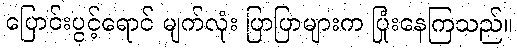
ပြောင်းပွင့်ရောင် မျက်လုံး ပြာပြာများက ပြုံးနေကြသည်။